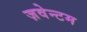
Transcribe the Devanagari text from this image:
ज़वेन्टम